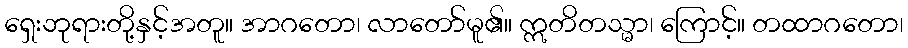
ရှေးဘုရားတို့နှင့်အတူ။ အာဂတော၊ လာတော်မူ၏။ ဣတိတသ္မာ၊ ကြောင့်။ တထာဂတော၊